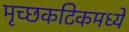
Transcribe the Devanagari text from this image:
मृच्छकटिकमध्ये